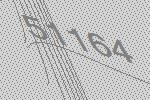
51164